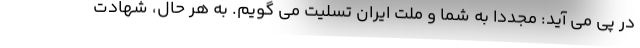
در پی می آید: مجددا به شما و ملت ایران تسلیت می گویم. به هر حال، شهادت